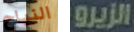
النباح الزيرو